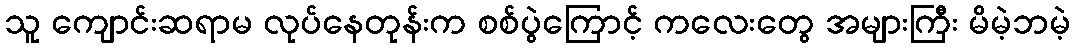
သူ ကျောင်းဆရာမ လုပ်နေတုန်းက စစ်ပွဲကြောင့် ကလေးတွေ အများကြီး မိမဲ့ဘမဲ့